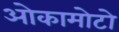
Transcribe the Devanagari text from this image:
ओकामोटो